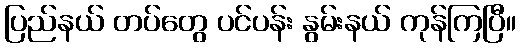
ပြည်နယ် တပ်တွေ ပင်ပန်း နွမ်းနယ် ကုန်ကြပြီ။